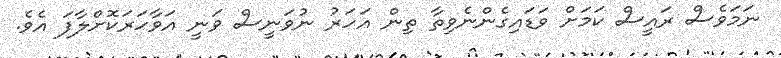
ނަމަވެސް ރައީސް ކަމަށް ވަޑައިގެންނެވިތާ ތިން އަހަރު ނުވަނީސް ވަނީ އަވާހަރަކޮށްލާފަ އެވެ.